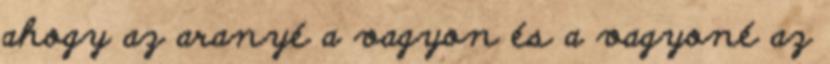
ahogy az aranyé a vagyon és a vagyoné az